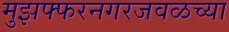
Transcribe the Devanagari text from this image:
मुझफ्फरनगरजवळच्या